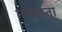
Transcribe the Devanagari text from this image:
नर्मदाना